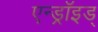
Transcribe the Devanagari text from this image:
एन्ड्रॉइड्